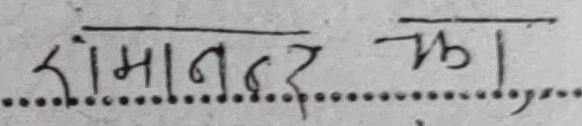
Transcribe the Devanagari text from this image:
समान्तर झक।